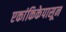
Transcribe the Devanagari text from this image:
एकांकिकेपासून